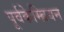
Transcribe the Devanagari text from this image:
पूर्वकेम्ब्रियन